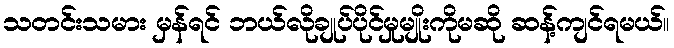
သတင်းသမား မှန်ရင် ဘယ်လိုချုပ်ပိုင်မှုမျိုးကိုမဆို ဆန့်ကျင်ရမယ်။